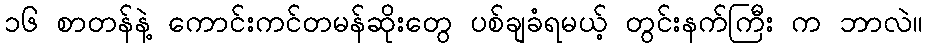
၁၆ စာတန်နဲ့ ကောင်းကင်တမန်ဆိုးတွေ ပစ်ချခံရမယ့် တွင်းနက်ကြီး က ဘာလဲ။